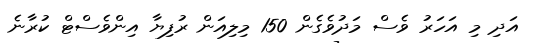
އަދި މި އަހަރު ވެސް މަދުވެގެން 150 މިލިއަން ރުފިޔާ އިންވެސްޓް ކުރާނެ